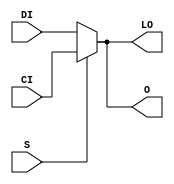
// $Header: /devl/xcs/repo/env/Databases/CAEInterfaces/verunilibs/s/MUXCY_D.v,v 1.9 2003/01/21 01:55:29 wloo Exp $

/*

FUNCTION	: 2 to 1 Multiplexer for Carry Logic

*/

`timescale  100 ps / 10 ps


module MUXCY_D (LO, O, CI, DI, S);

    output LO, O;
    reg    o_out, lo_out;

    input  CI, DI, S;

    buf B1 (O, o_out);
    buf B2 (LO, lo_out);

	always @(CI or DI or S) begin
	    if (S)
		o_out <= CI;
	    else
		o_out <= DI;
	end

	always @(CI or DI or S) begin
	    if (S)
		lo_out <= CI;
	    else
		lo_out <= DI;
	end

    specify
	(CI => O) = (0, 0);
	(DI => O) = (0, 0);
	(S  => O) = (0, 0);
	(CI => LO) = (0, 0);
	(DI => LO) = (0, 0);
	(S  => LO) = (0, 0);
    endspecify

endmodule